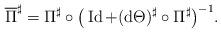
LaTeX: \begin{align*}\overline{\Pi}^{\sharp}=\Pi^{\sharp}\circ\big(\operatorname{Id}+(\mathrm{d}\Theta)^{\sharp} \circ\Pi^{\sharp}\big)^{-1}.\end{align*}